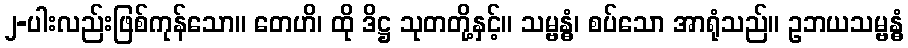
၂-ပါးလည်းဖြစ်ကုန်သော။ တေဟိ၊ ထို ဒိဋ္ဌ သုတတို့နှင့်။ သမ္ဗန္ဓံ၊ စပ်သော အာရုံသည်။ ဥဘယသမ္ဗန္ဓံ